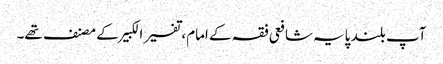
آپ بلند پایہ شافعی فقہ کے امام، تفسیر الکبیر کے مصنف تھے۔